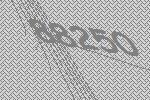
88250